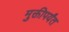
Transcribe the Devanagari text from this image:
मुक्तीपर्यंत